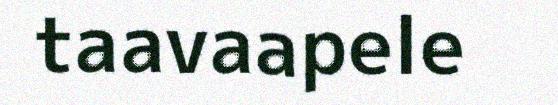
taavaapele